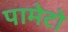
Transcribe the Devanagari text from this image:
पामेटो